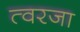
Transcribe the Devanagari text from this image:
त्वरजा